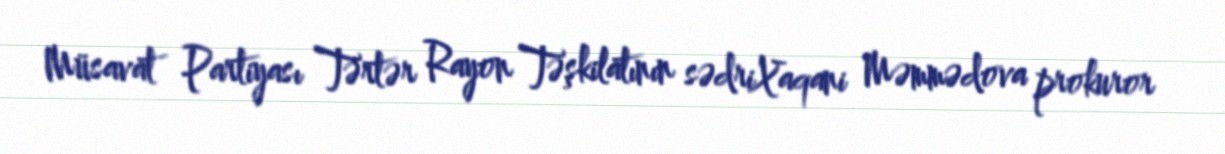
Müsavat Partiyası Tərtər Rayon Təşkilatının sədriXaqani Məmmədova prokuror